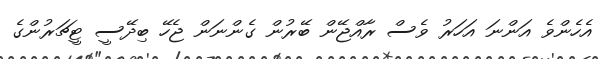
އެހެންވެ އަންނަ އަހަރު ވެސް ރާއްޖޭން ބޭރުން ގެންނަން ޖެހޭ ބިދޭސީ ޓީޗަރުންގެ